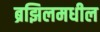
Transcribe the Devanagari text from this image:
ब्रझिलमधील